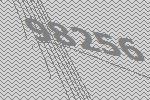
98256